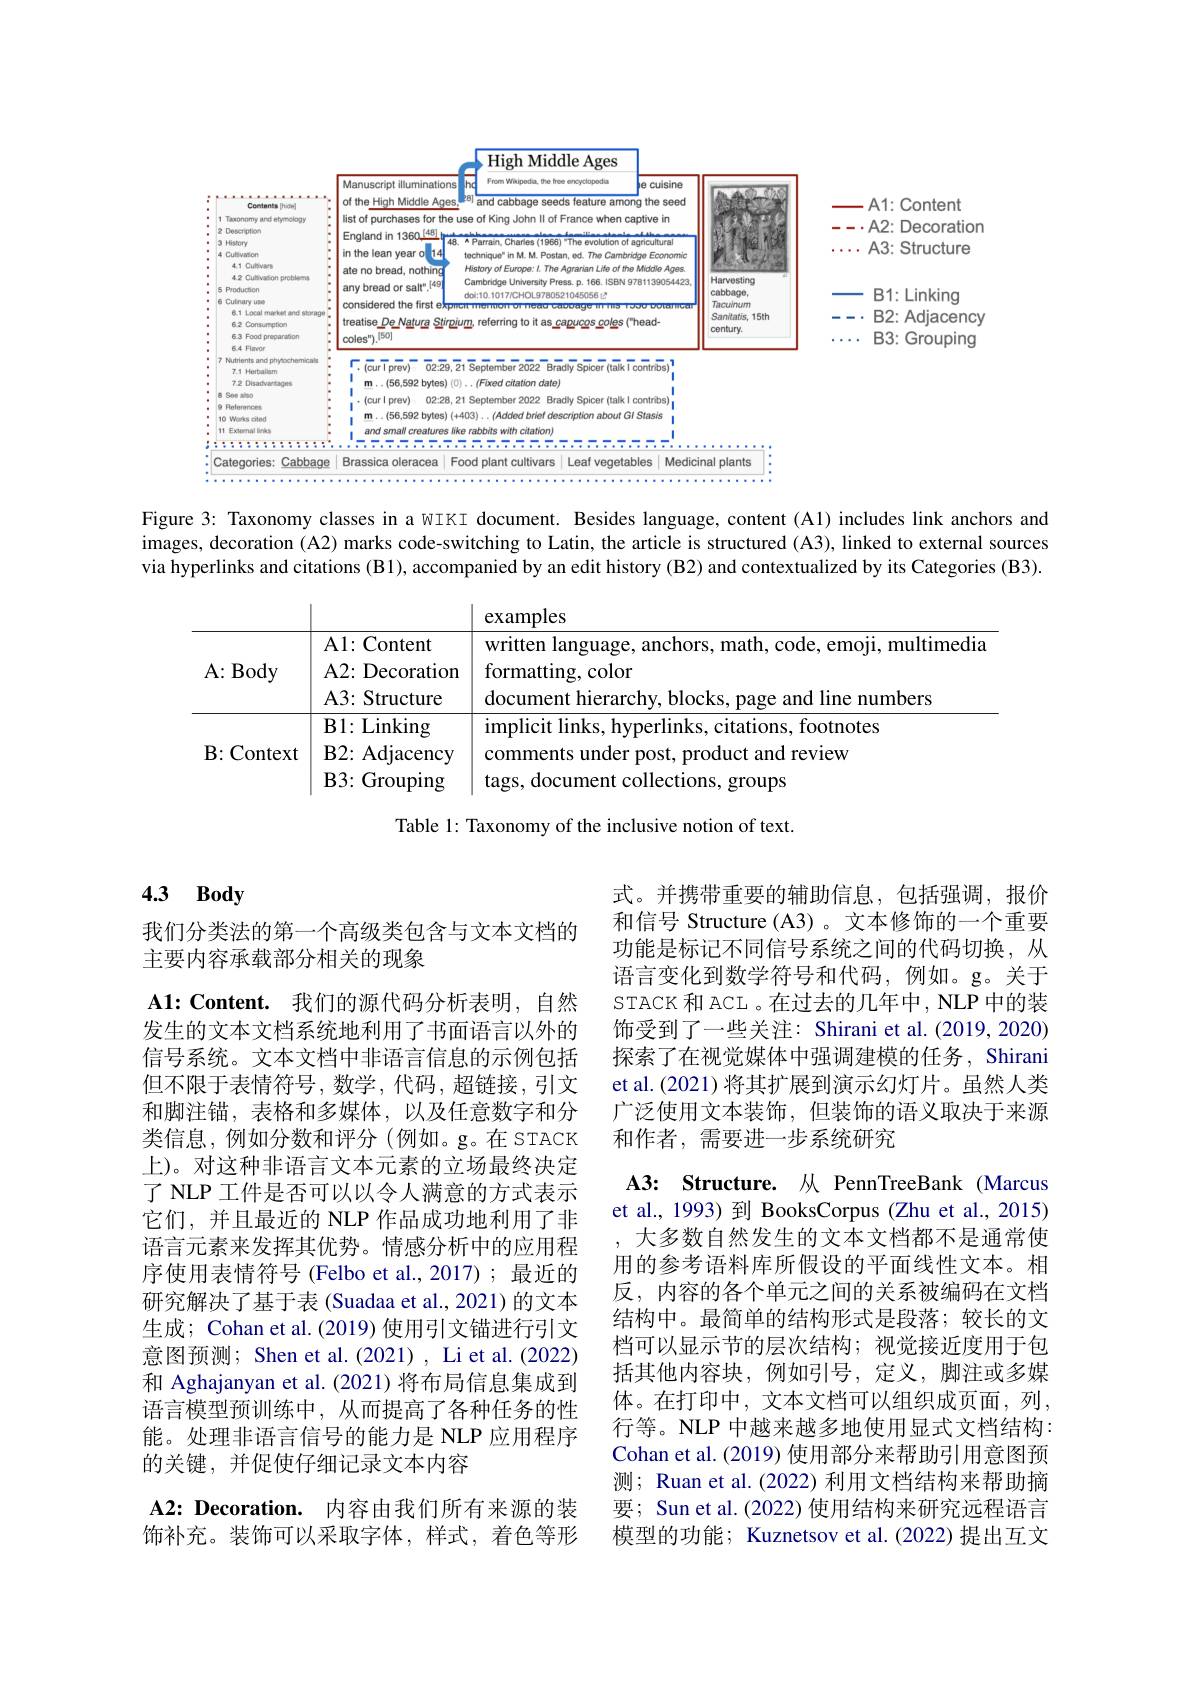
<FigureHere>

Figure 3: Taxonomy classes in a WIKI document. Besides language, content (A1) includes link anchors and images, decoration (A2) marks code-switching to Latin, the article is structured (A3), linked to external sources via hyperlinks and citations (B1), accompanied by an edit history (B2) and contextualized by its Categories (B3).

<FigureHere>

Table 1: Taxonomy of the inclusive notion of text.

### 4.3 $\mathbf{Body}$

我们分类法的第一个高级类包含与文本文档的
主要内容承载部分相关的现象

A1:Content. 我们的源代码分析表明，自然发生的文本文档系统地利用了书面语言以外的信号系统。文本文档中非语言信息的示例包括但不限于表情符号，数学，代码，超链接，引文和脚注锚，表格和多媒体，以及任意数字和分类信息，例如分数和评分(例如。g。在 STACK 上)。对这种非语言文本元素的立场最终决定了 NLP 工件是否可以以令人满意的方式表示它们，并且最近的 NLP 作品成功地利用了非语言元素来发挥其优势。情感分析中的应用程序使用表情符号 (Felbo et al.,2017);最近的研究解决了基于表 (Suadaa et al., 2021) 的文本生成；Cohan et al.(2019) 使用引文锚进行引文意图预测；Shen et al.(2021), Li et al.(2022) 和 Aghajanyan et al.(2021)将布局信息集成到语言模型预训练中，从而提高了各种任务的性能。处理非语言信号的能力是 NLP 应用程序的关键，并促使仔细记录文本内容

A2: Decoration. 内容由我们所有来源的装饰补充。装饰可以采取字体，样式，着色等形

式。并携带重要的辅助信息，包括强调，报价和信号 Structure (A3) 。文本修饰的一个重要功能是标记不同信号系统之间的代码切换，从语言变化到数学符号和代码，例如。g。关于STACK 和 ACL 。在过去的几年中，NLP 中的装饰受到了一些关注：Shirani et al. (2019,2020) 探索了在视觉媒体中强调建模的任务，Shirani et al.(2021) 将其扩展到演示幻灯片。虽然人类广泛使用文本装饰，但装饰的语义取决于来源和作者，需要进一步系统研究

A3: Structure. 从 PennTreeBank (Marcus et al., 1993) 到 BooksCorpus (Zhu et al., 2015)
大多数自然发生的文本文档都不是通常使用的参考语料库所假设的平面线性文本。相反，内容的各个单元之间的关系被编码在文档结构中。最简单的结构形式是段落；较长的文档可以显示节的层次结构；视觉接近度用于包括其他内容块，例如引号，定义，脚注或多媒体。在打印中，文本文档可以组织成页面，列， 行等。NLP 中越来越多地使用显式文档结构： Cohan et al. (2019) 使用部分来帮助引用意图预测；Ruan et al.(2022) 利用文档结构来帮助摘要；Sun et al.(2022) 使用结构来研究远程语言模型的功能；Kuznetsov et al.(2022) 提出互文